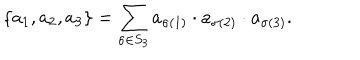
LaTeX: \{ a _ { 1 } , a _ { 2 } , a _ { 3 } \} = \sum _ { \sigma \in S _ { 3 } } a _ { \sigma ( 1 ) } \cdot a _ { \sigma ( 2 ) } \cdot a _ { \sigma ( 3 ) } .